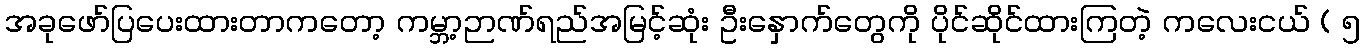
အခုဖော်ပြပေးထားတာကတော့ ကမ္ဘာ့ဉာဏ်ရည်အမြင့်ဆုံး ဦးနှောက်တွေကို ပိုင်ဆိုင်ထားကြတဲ့ ကလေးငယ် ( ၅